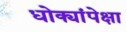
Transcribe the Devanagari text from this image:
धोक्यांपेक्षा